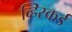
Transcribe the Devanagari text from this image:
व्हिस्कर्ड